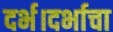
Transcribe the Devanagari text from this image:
दर्भ।दर्भाचा